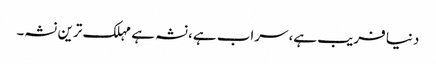
دنیا فریب ہے،سراب ہے،نشہ ہے مہلک ترین نشہ۔